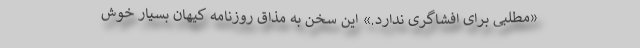
«مطلبی برای افشاگری ندارد.» این سخن به مذاق روزنامه کیهان بسیار خوش